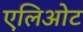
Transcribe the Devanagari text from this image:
एलिओट